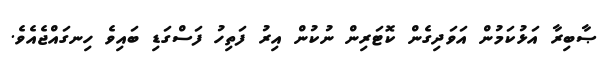
ޞާބިރާ އަޅުކަމުން އަވަދިގެން ކޮޓަރިން ނުކުން އިރު ފަތިހު ފަސްގަޑި ބައިވެ ހިނގައްޖެއެވެ.